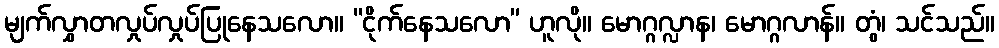
မျက်လွှာတလှုပ်လှုပ်ပြုနေသလော။ “ငိုက်နေသလော” ဟူလို။ မောဂ္ဂလ္လာန၊ မောဂ္ဂလာန်။ တွံ၊ သင်သည်။